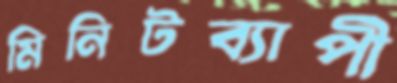
মিনিটব্যাপী